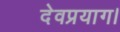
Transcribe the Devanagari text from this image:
देवप्रयाग।